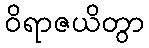
ဝိရာဇယိတွာ